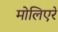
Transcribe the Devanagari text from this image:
मोलिएरे